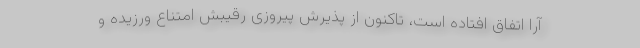
آرا اتفاق افتاده است، تاکنون از پذیرش پیروزی رقیبش امتناع ورزیده و